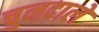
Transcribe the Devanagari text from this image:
चुनदाले